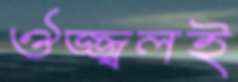
ঔজ্জ্বলই